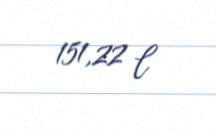
151,22 l